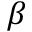
\beta